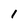
Character: 1